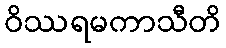
ဝိဿရမကာသီတိ